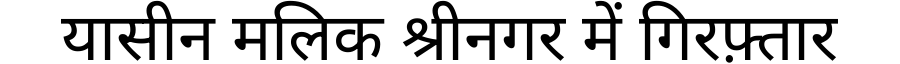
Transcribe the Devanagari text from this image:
यासीन मलिक श्रीनगर में गिरफ़्तार